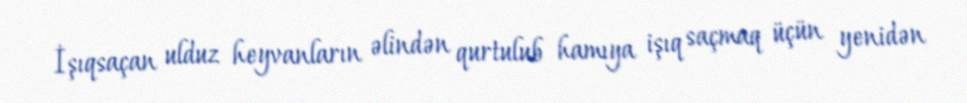
İşıqsaçan ulduz heyvanların əlindən qurtulub hamıya işıq saçmaq üçün yenidən